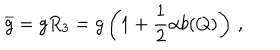
LaTeX: \overline { { g } } = g R _ { 3 } = g \left( 1 + { \frac { 1 } { 2 } } \alpha b ( Q ) \right) \, ,